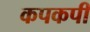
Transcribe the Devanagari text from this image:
कपकपी